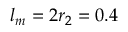
l _ { m } = 2 r _ { 2 } = 0 . 4